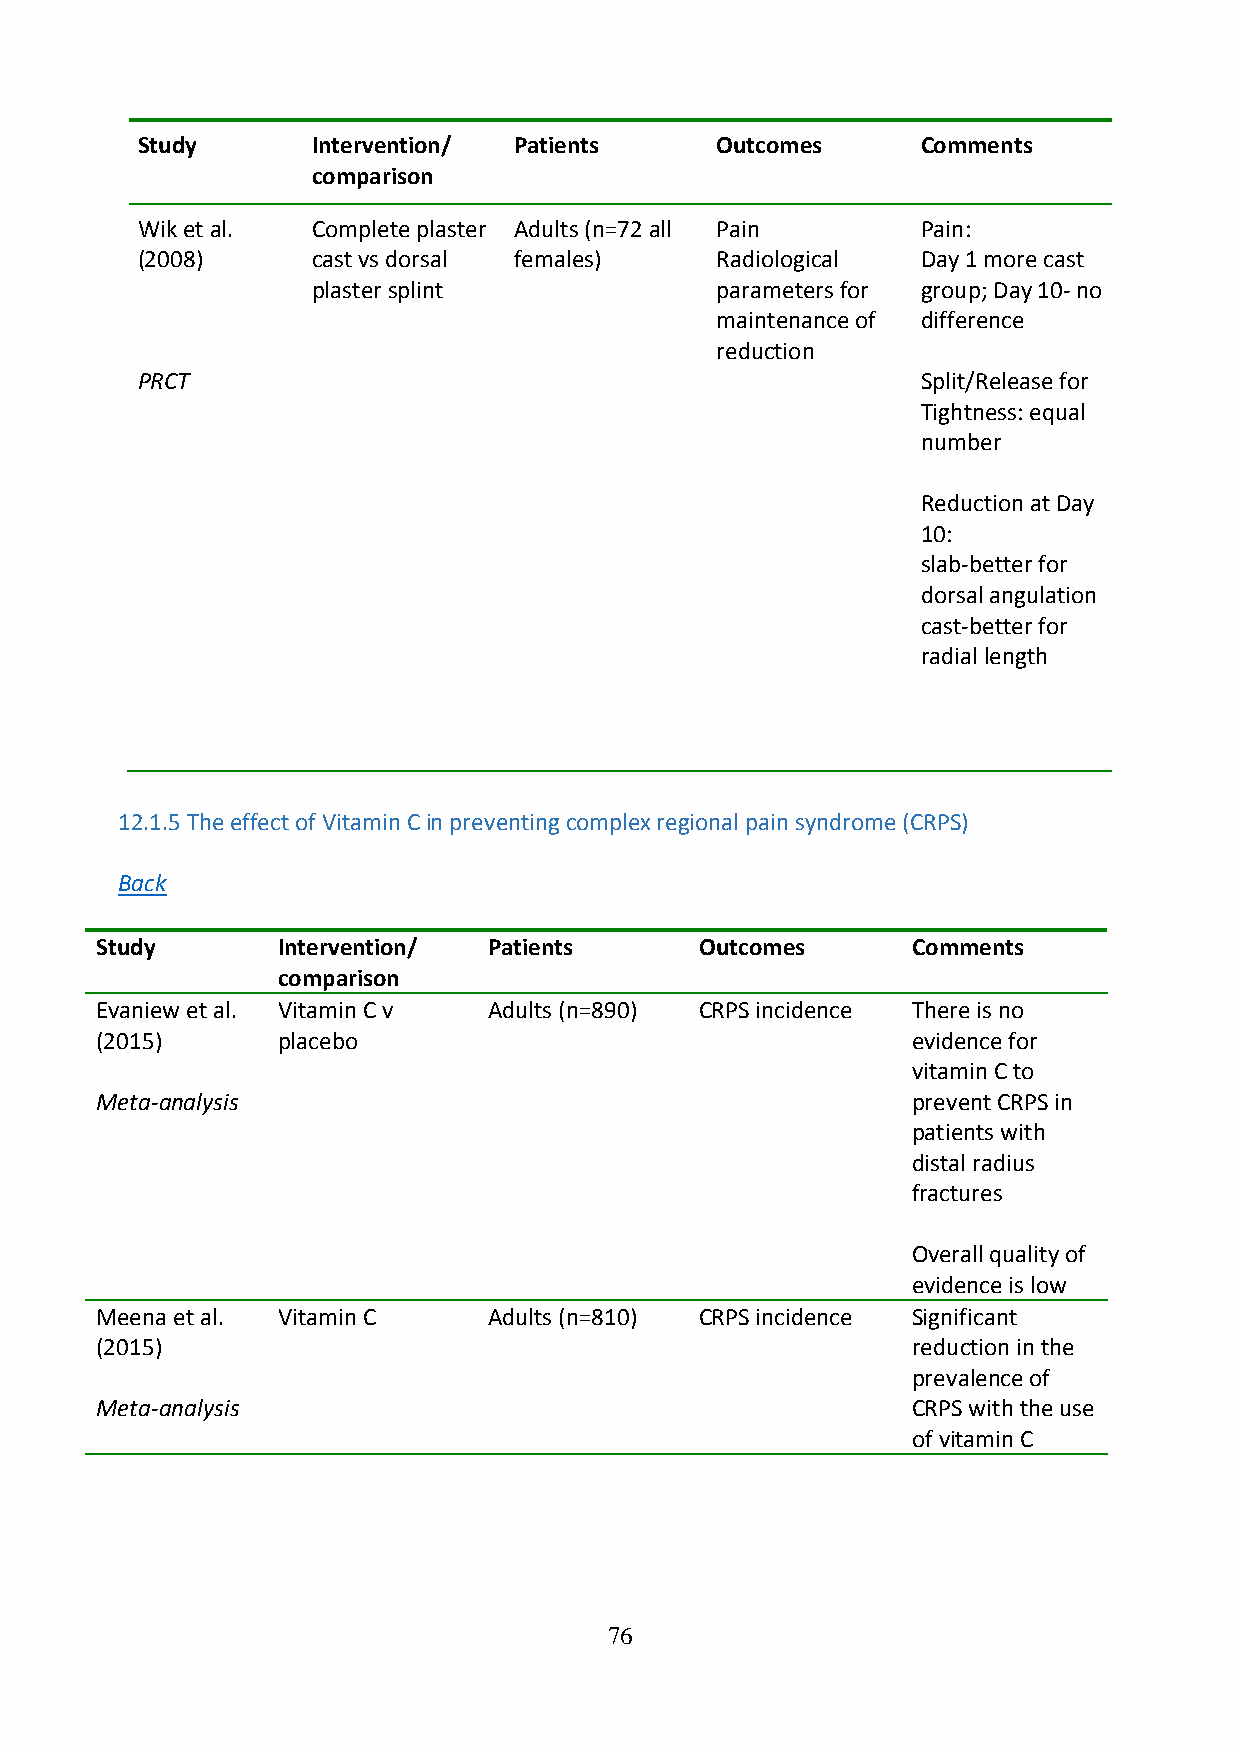
Study       Intervention/ Patients    Outcomes      Comments
 comparison
 Wik et al.  Complete plaster Adults (n=72 all Pain  Pain:
 (2008)      cast vs dorsal females)   Radiological  Day 1 more cast
 plaster splint            parameters for group; Day 10- no
 maintenance of difference
 reduction
 PRCT                                                Split/Release for
 Tightness: equal
 number
 Reduction at Day
 10:
 slab-better for
 dorsal angulation
 cast-better for
 radial length
 12.1.5 The effect of Vitamin C in preventing complex regional pain syndrome (CRPS)
 Back
 Study       Intervention/ Patients      Outcomes      Comments
 comparison
 Evaniew et al. Vitamin C v Adults (n=890) CRPS incidence There is no
 (2015)      placebo                                   evidence for
 vitamin C to
 Meta-analysis                                         prevent CRPS in
 patients with
 distal radius
 fractures
 Overall quality of
 evidence is low
 Meena et al. Vitamin C    Adults (n=810) CRPS incidence Significant
 (2015)                                                reduction in the
 prevalence of
 Meta-analysis                                         CRPS with the use
 of vitamin C
 76